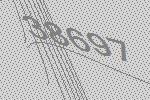
38697